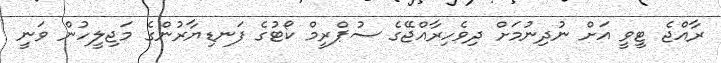
ރާއްޖެ ޓީވީ އަށް ނުދިނުމަށް ދިވެހިރާއްޖޭގެ ސުޕްރީމް ކޯޓުގެ ފަނޑިޔާރުންގެ މަޖިލީހުން ވަނީ